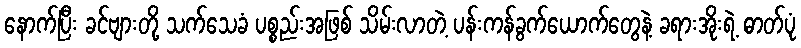
နောက်ပြီး ခင်ဗျားတို့ သက်သေခံ ပစ္စည်းအဖြစ် သိမ်းလာတဲ့ ပန်းကန်ခွက်ယောက်တွေနဲ့ ခရားအိုးရဲ့ ဓာတ်ပုံ